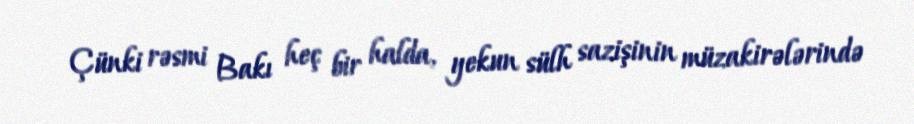
Çünki rəsmi Bakı heç bir halda, yekun sülh sazişinin müzakirələrində